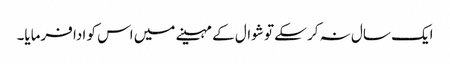
ایک سال نہ کر سکے تو شوال کے مہینے میں اس کو ادا فرمایا۔